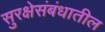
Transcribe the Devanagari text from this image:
सुरक्षेसंबंधातील